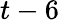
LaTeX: t-6